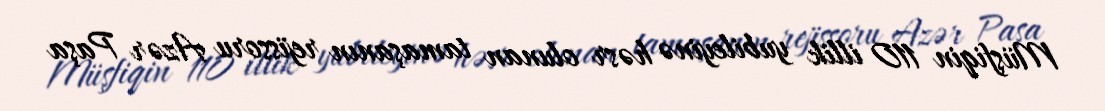
Müşfiqin 110 illik yubileyinə həsr olunan tamaşanın rejissoru Azər Paşa